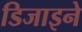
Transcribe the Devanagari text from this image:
डिजाइने